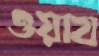
ওয়ায